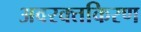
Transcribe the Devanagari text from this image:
अवरक्तकिरण